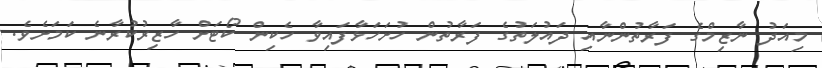
މިއަދު ނާޒިމްގެ ފަރާތުންނާއި ދައުލަތުގެ ފަރާތުން ހުށަހަޅާފައިވާ ހެކިން ކޯޓަށް ހާޒިރުކުރާނެ ކަމަށެވެ.